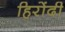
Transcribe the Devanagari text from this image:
हिरोंदी